King Institute of Preventive Medicine Micro-Biological Section reports 1912-19
Year: 1912
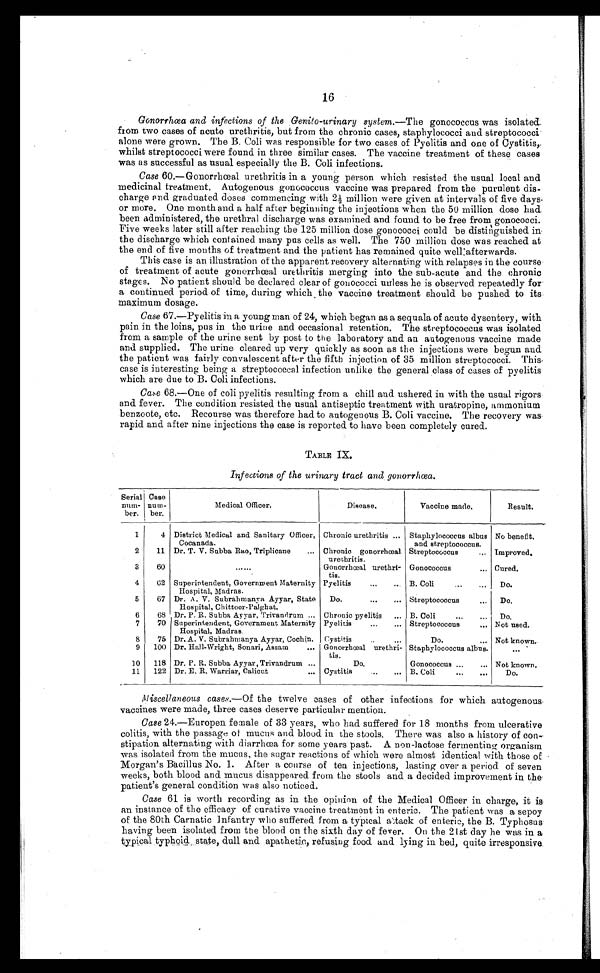
16
Gonorrhœa and infections of the Genito-urinary system.— The gonococcus was isolated
from two cases of acute urethritis, but from the chronic cases, staphylococci and streptococci
alone were grown. The B. Coli was responsible for two cases of Pyelitis and one of Cystitis,
whilst streptococci were found in three similar cases. The vaccine treatment of these cases
was as successful as usual especially the B. Coli infections.
Case 60.—Gonorrhœal urethritis in a young person which resisted the usual local and
medicinal treatment. Autogenous gonococcus vaccine was prepared from the purulent dis--
charge and graduated doses commencing with 2½ million were given at intervals of five days
or more. One month and a half after beginning the injections when the 50 million dose had
been administered, the urethral discharge was examined and found to be free from gonococci.
Five weeks later still after reaching the 125 million dose gonococci could be distinguished in
the discharge which contained many pus cells as well. The 750 million dose was reached at
the end of five months of treatment and the patient has remained quite well afterwards.
This case is an illustration of the apparent recovery alternating with relapses in the course
of treatment of acute gonorrhœal urethritis merging into the sub-acute and the chronic
stages. No patient should be declared clear of gonococci unless he is observed repeatedly for
a continued period of time, during which the vaccine treatment should be pushed to its
maximum dosage.
Case 67.—Pyelitis in a young man of 24, which began as a sequala of acute dysentery, with
pain in the loins, pus in the urine and occasional retention. The streptococcus was isolated
from a sample of the urine sent by post to the laboratory and an autogenous vaccine made
and supplied. The urine cleared up very quickly as soon as the injections were begun and
the patient was fairly convalescent after the fifth injection of 35 million streptococci. This
case is interesting being a streptococcal infection unlike the general class of cases of pyelitis
which are due to B. Coli infections.
Case 68.—One of coli pyelitis resulting from a chill and ushered in with the usual rigors
and fever. The condition resisted the usual antiseptic treatment with uratropine, ammonium
benzoote, etc. Recourse was therefore had to autogenous B. Coli vaccine. The recovery was
rapid and after nine injections the case is reported to have been completely cured.
TABLE IX.
Infections of the urinary tract and gonorrhœa.
Serial
num-
ber.
Case
num-
ber.
Medical Officer.
Disease.
Vaccine made.
Result.
1
4
District Medical and Sanitary Officer,
Cocanada.
Chronic urethritis . . .
Staphylococcus albus
and streptococcus.
No benefit.
2
11
Dr. T. V. Subba Rao, Triplicane . . .
Chronic gonorrhœal
urethritis.
Streptococcus . . .
Improved.
3
60
. . .
Gonorrhœal urethri-
tis.
Gonococcus . . .
Cured.
4
62
Superintendent, Government Maternity
Hospital, Madras.
Pyelitis . . .
B. Coli . . .
Do.
5
67
Dr. A. V. Subrahmanya Ayyar, State
Hospital, Chittoor-Palghat.
Do. . . .
Streptococcus. . .
Do.
6
68
Dr. P. R. Subba Ayyar, Trivandrum . . .
Chronic pyelitis . . .
B. Coli . . .
D o .
7
70
Superintendent, Government Maternity
Hospital, Madras.
Pyelitis. . .
Streptococcus . . .
Not used.
8
75
Dr. A. V. Subrahmanya Ayyar, Cochin.
Cystitis . . .
Do.. . .
Not known.
9
100 Dr. Hall-Wright, Sonari, Assam . . .
Gonorrhœal urethri-
tis.
Staphylococcus albus.
. . .
10
118 Dr. P. R. Subba Ayyar, Trivandrum . . .
Do.
Gonococcus . . .
Not known.
11
122
Dr. E. R. Warriar, Calicut . . .
Cystitis . . .
B. Coli . . .
Do.
Miscellaneous cases .—Of the twelve cases of other infections for which autogenous
vaccines were made, three cases deserve particular mention.
Case 24.—Europen female of 33 years, who had suffered for 18 months from ulcerative
colitis, with the passage of mucus and blood in the stools. There was also a history of con--
stipation alternating with diarrhœa for some years past. A non-lactose fermenting organism
was isolated from the mucus, the sugar reactions of which were almost identical with those of
Morgan's Bacillus No. 1. After a course of ten injections, lasting over a period of seven
weeks, both blood and mucus disappeared from the stools and a decided improvement in the
patient's general condition was also noticed.
Case 61 is worth recording as in the opinion of the Medical Officer in charge, it is
an instance of the efficacy of curative vaccine treatment in enteric. The patient was a sepoy
of the 80th Carnatic Infantry who suffered from a typical attack of enteric, the B. Typhosus
having been isolated from the blood on the sixth day of fever. On the 21st day he was in a
typical typhoid state, dull and apathetic, refusing food and lying in bed, quite irresponsive